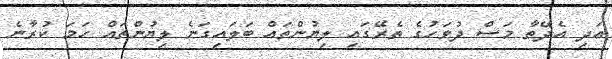
އަދި އެދޭތާ މަސް ދުވަހުގެ ތެރޭގައި ލިޔުންތައް ބަލައިގަނެ ލިޔުންތައް ހަމަ ކުރާނެ